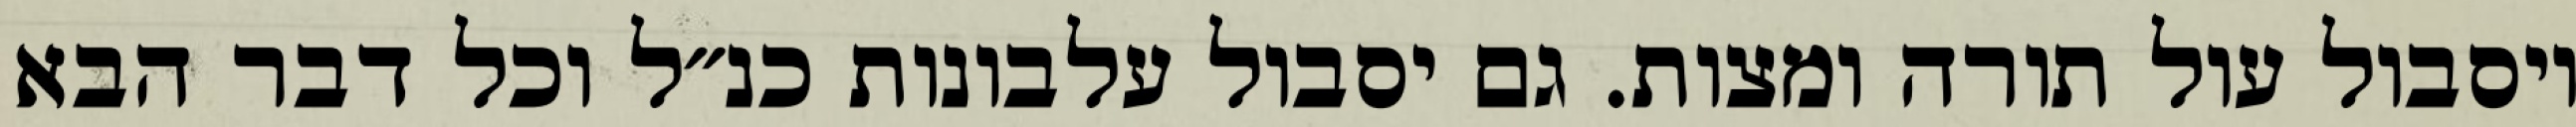
ויסבול עול תורה ומצות. גם יסבול עלבונות כנ״ל וכל דבר הבא